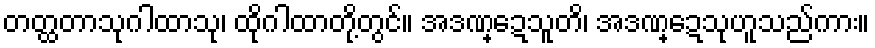
တတ္ထတာသုဂါထာသု၊ ထိုဂါထာတို့တွင်။ အဒဏ္ဍေသူတိ၊ အဒဏ္ဍေသုဟူသည်ကား။